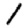
Digit: 1